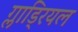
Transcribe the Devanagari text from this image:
ग्लाड्रियल